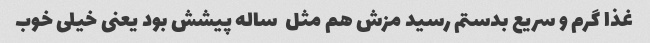
غذا گرم و سریع بدستم رسید مزش هم مثل  ساله پیشش بود یعنی خیلی خوب